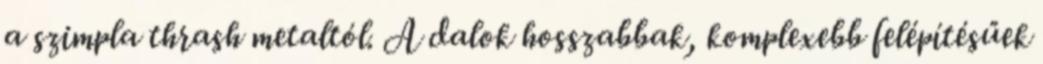
a szimpla thrash metaltól. A dalok hosszabbak, komplexebb felépítésűek